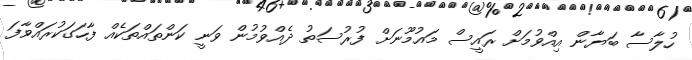
ހުލާސާ ބަޔާން އިއްވުމަށް ރައީސް މައުމޫނަށް ފުރުސަތު ދެއްވުމުން ވަނީ ކަންތައްތަކެއް ފާހަގަކުރައްވާފަ